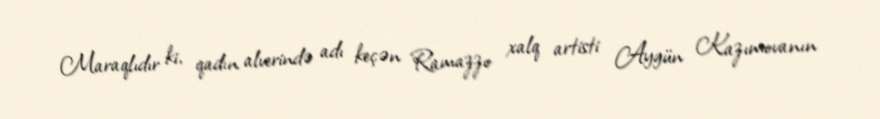
Maraqlıdır ki, qadın alverində adı keçən Ramazzo xalq artisti Aygün Kazımovanın